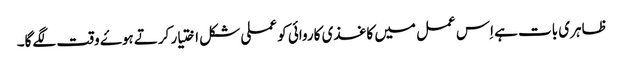
ظاہری بات ہے اِس عمل میں کاغذی کاروائی کو عملی شکل اختیار کرتے ہوۓ وقت لگےگا۔